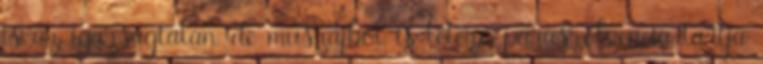
is az igazságtalan, de muszájból is létező paraszolvencia tartja